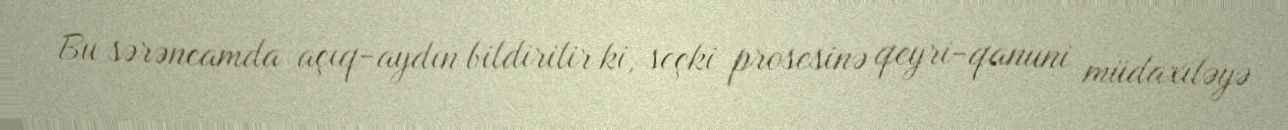
Bu sərəncamda açıq-aydın bildirilir ki, seçki prosesinə qeyri-qanuni müdaxiləyə